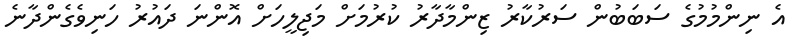
އެ ނިންމުމުގެ ސަބަބުން ސަރުކާރު ޒިންމާދާރު ކުރުމަށް މަޖިލީހަށް އޮންނަ ދައުރު ހަނިވެގެންދާނެ